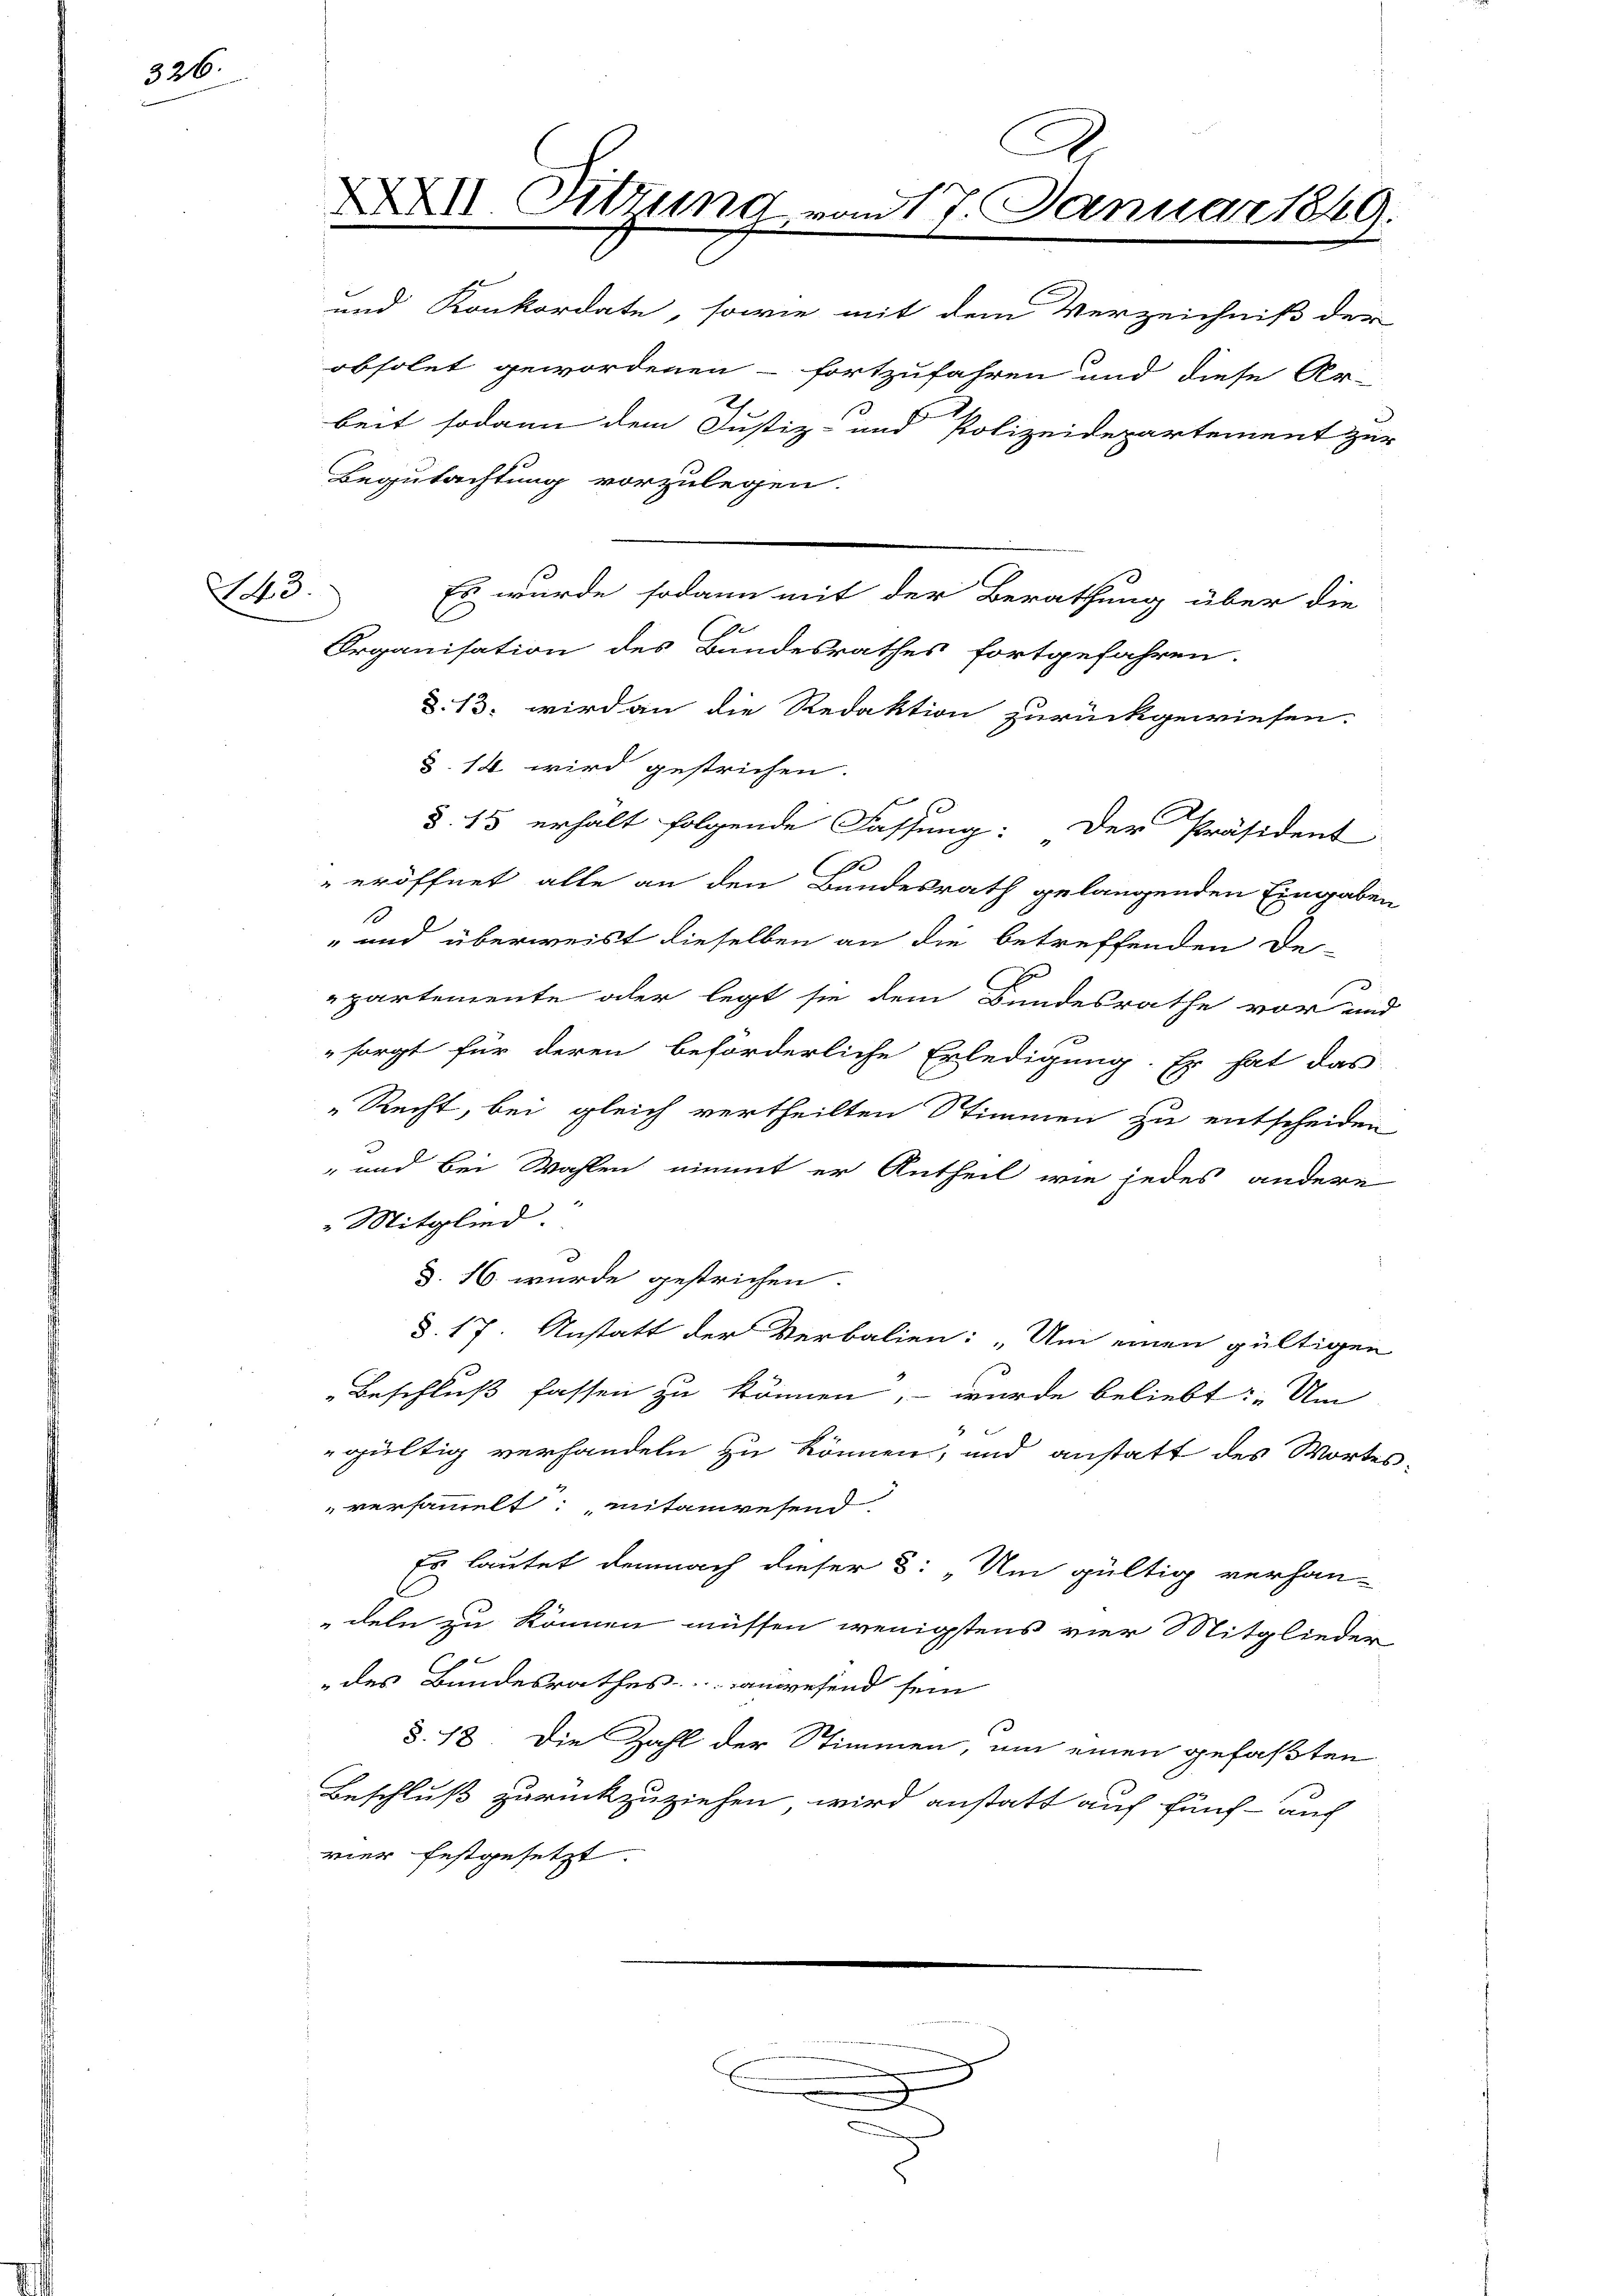
326.

S.3.

XXXII. Sitzung vom 17. Januar 1849.

und Konkordate, sowie mit dem Verzeichniß der
obsolut gewordenen fortzufahren und diese Ar-
7.
beit sodann dem Justiz- und Polizeidepartement zur
Begutachtung vorzulegen.
Es wurde sodann mit der Berathung über die
Organisation des Bundesrathes fortgefahren.
d. 13. wird an die Redaktion zurückgewiesen.
§. 14 wird gestrichen
§. 15 erhält folgende Fassung: Der Präsident
C
eröffnet alle an den Bundesrath gelangenden Eingaben
1
" und überweist dieselben an die betreffenden De-
partemente oder legt sie dem Bundesrathe vor und
sorgt für deren beförderliche Erledigung. Er hat das
„Recht, bei gleich vertheilten Stimmen zu entscheiden
" und bei Wahlen nimmt er Antheil wie jedes andere
 Mitglied.
d. 16. wurde gestrichen.
§. 17. Anstatt der Verbalien: „Um einen gültigen
Beschluß fassen zu können, wurde beliebt: „Um
gültig verhandeln zu können, und anstatt des Wortes-
versammelt; mitanwesend
Es lautet demnach dieser 3: „Um gültig verhan-
deln zu können müssen wenigstens vier Mitglieder
x
des Bundesrathes anwesend sein
§. 18. Die Zahl der Stimmen, um einen gefaßten
Beschluß zurückzuziehen wird anstatt auf fünf - auf
vier festgesetzt.

.

u